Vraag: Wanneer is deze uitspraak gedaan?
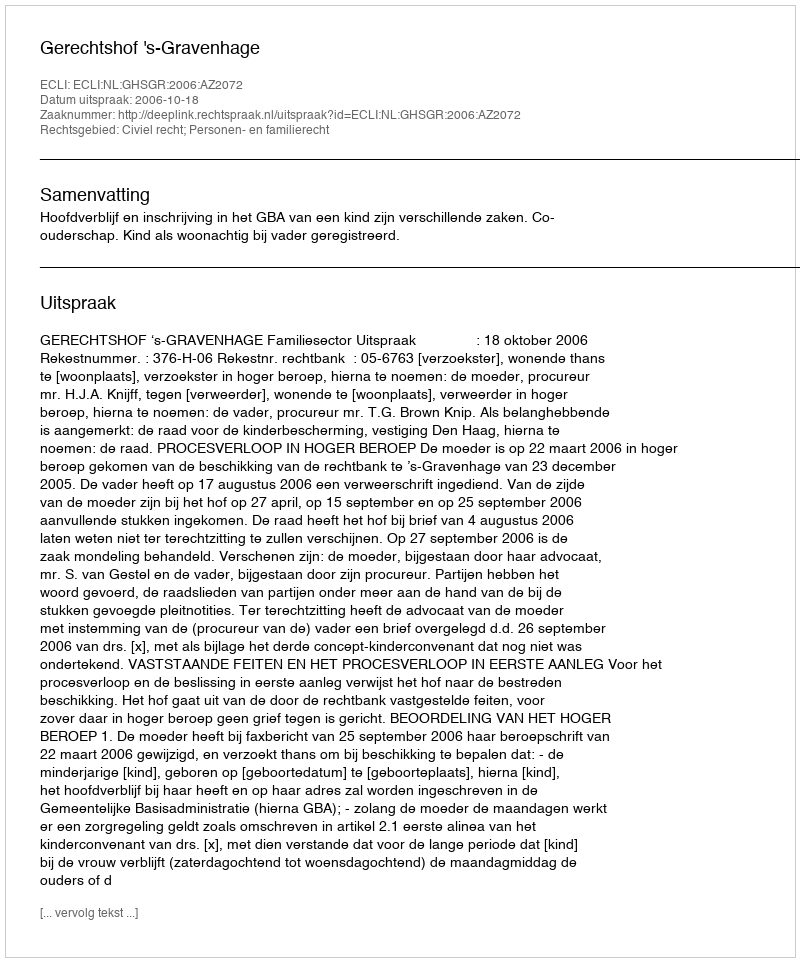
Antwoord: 2006-10-18